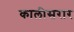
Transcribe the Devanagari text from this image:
कालीसरार